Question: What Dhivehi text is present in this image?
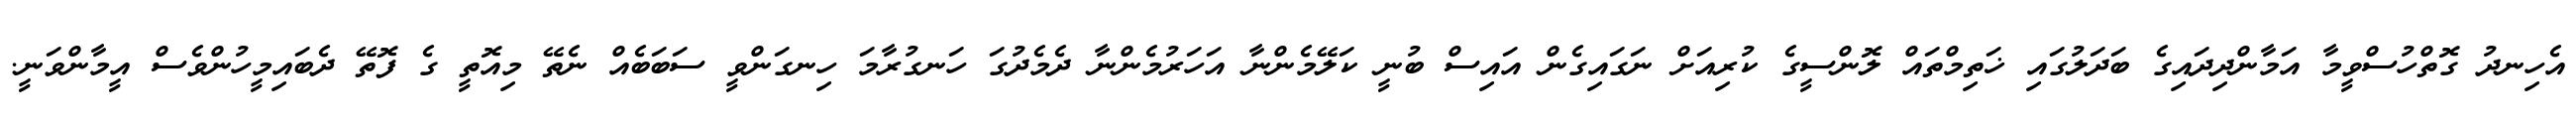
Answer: އެހިނދު ގޮތްހުސްވީމާ އަމާންދިދައިގެ ބަދަލުގައި ޚަތިމްތައް ލޮންސީގެ ކުރިއަށް ނަގައިގެން އައިސް ބުނީ ކަލޭމެންނާ އަހަރުމެންނާ ދެމެދުގަ ހަނގުރާމަ ހިނގަންވީ ސަބަބެއް ނެތޭ މިއޮތީ ގެ ފޮތޭ ދެބައިމީހުންވެސް އީމާންވަނީ.